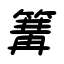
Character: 篝